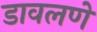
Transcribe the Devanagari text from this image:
डावलणे